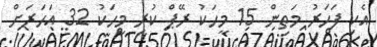
އެކި ފަހަރު މަތިން 15 މީހަކު ރޭޕް ކުރި މީހަކު 32 އަހަރަށް